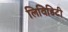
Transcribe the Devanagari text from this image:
लिविडिटी